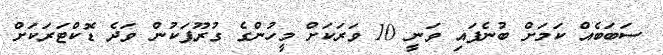
ސަބަބެއް ކަމަށް ބުނެފައި ވަނީ 10 ވަރަކަށް މީހުންގެ ގުރޫޕަކުން ވަދެ ޑޮކްޓަރަކަށް